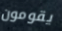
يقومون